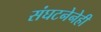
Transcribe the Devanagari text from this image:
संघटनेनेही